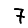
Digit: 7